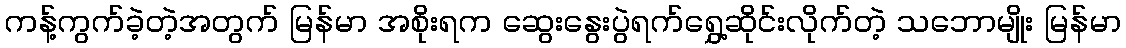
ကန့်ကွက်ခဲ့တဲ့အတွက် မြန်မာ အစိုးရက ဆွေးနွေးပွဲရက်ရွှေ့ဆိုင်းလိုက်တဲ့ သဘောမျိုး မြန်မာ